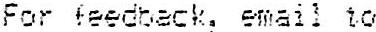
FOR FEEDBACK, EMAIL TO